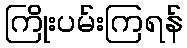
ကြိုးပမ်းကြရန်